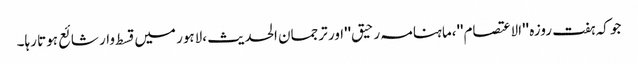
جو کہ ہفت روزہ ''الاعتصام''،ماہنامہ رحیق''اور ترجمان الحدیث ،لاہور میں قسط وار شائع ہوتا رہا۔